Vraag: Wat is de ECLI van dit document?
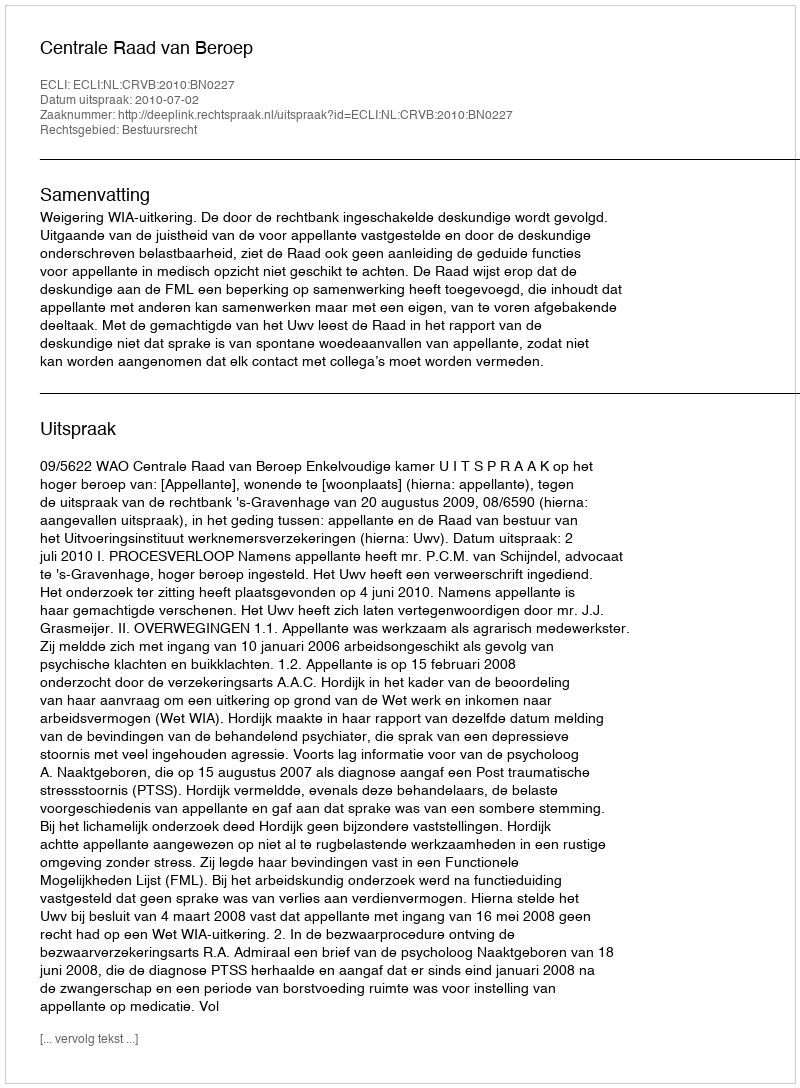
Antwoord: ECLI:NL:CRVB:2010:BN0227